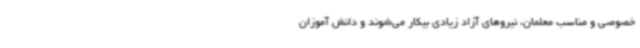
خصوصی و مناسب معلمان، نیروهای آزاد زیادی بیکار می‌شوند و دانش آموزان